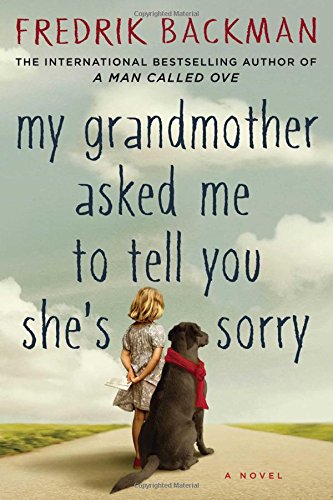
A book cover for My Grandmother Asked Me to Tell You She's Sorry: A Novel; Fredrik Backman; Literature & Fiction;